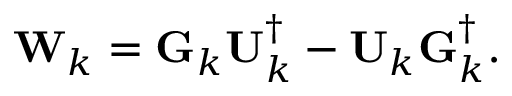
\mathbf { W } _ { k } = \mathbf { G } _ { k } \mathbf { U } _ { k } ^ { \dagger } - \mathbf { U } _ { k } \mathbf { G } _ { k } ^ { \dagger } .